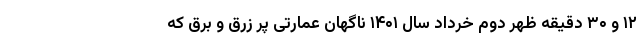
۱۲ و ۳۰ دقیقه ظهر دوم خرداد سال ۱۴۰۱ ناگهان عمارتی پر زرق و برق که